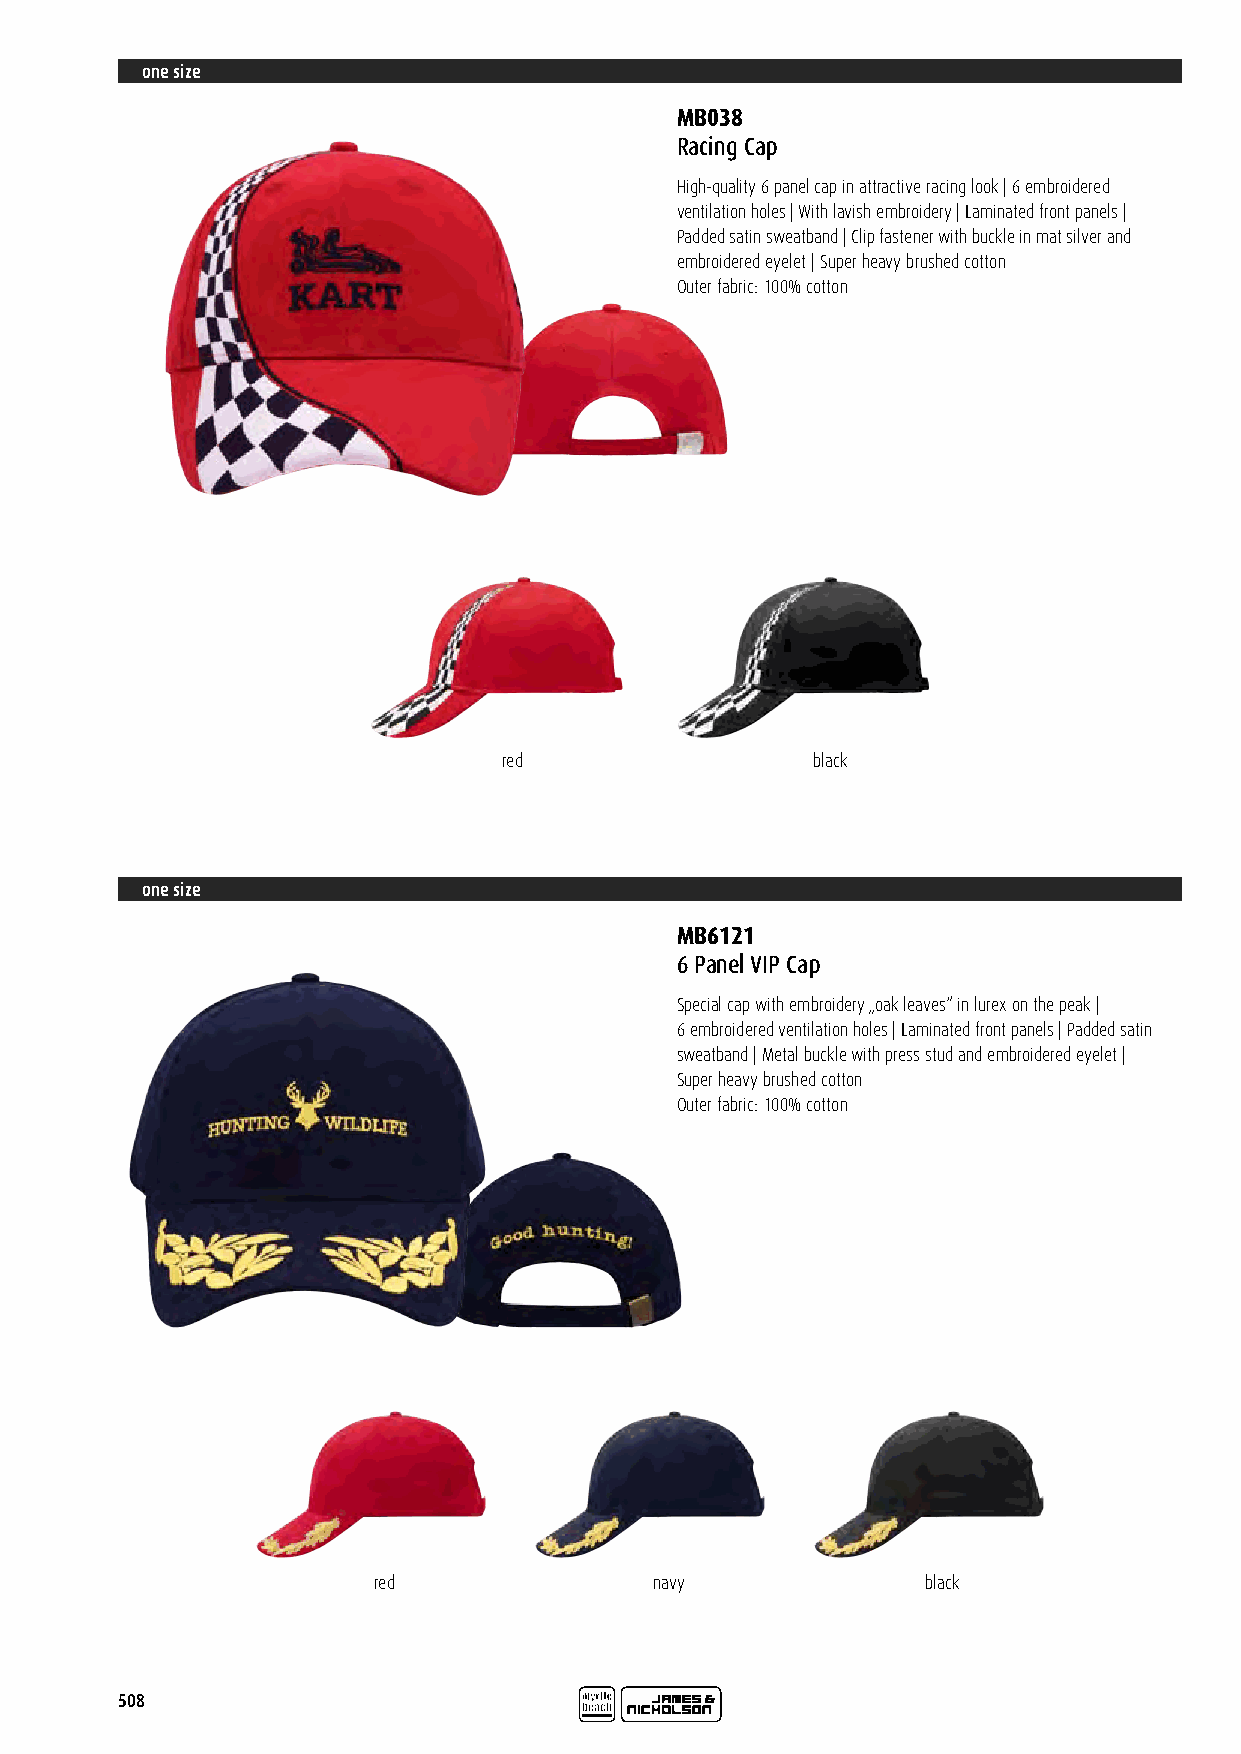
one size
 MB038
 Racing Cap
 High-quality 6 panel cap in attractive racing look | 6 embroidered
 ventilation holes | With lavish embroidery | Laminated front panels |
 Padded satin sweatband | Clip fastener with buckle in mat silver and
 embroidered eyelet | Super heavy brushed cotton
 Outer fabric: 100% cotton
 red                  black
 one size
 MB6121
 6 Panel VIP Cap
 Special cap with embroidery „oak leaves“ in lurex on the peak |
 6 embroidered ventilation holes | Laminated front panels | Padded satin
 sweatband | Metal buckle with press stud and embroidered eyelet |
 Super heavy brushed cotton
 Outer fabric: 100% cotton
 red               navy              black
 508